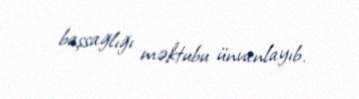
başsağlığı məktubu ünvanlayıb.